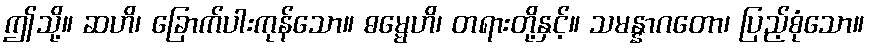
ဤသို့။ ဆဟိ၊ ခြောက်ပါးကုန်သော။ ဓမ္မေဟိ၊ တရားတို့နှင့်။ သမန္နာဂတော၊ ပြည့်စုံသော။